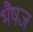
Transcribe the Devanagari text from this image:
भैषज